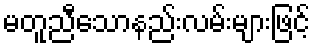
မတူညီသောနည်းလမ်းများဖြင့်